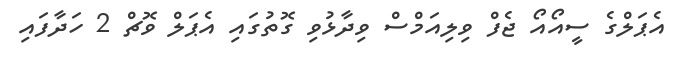
އެޕަލްގެ ސީއޯއޯ ޖެފް ވިލިއަމްސް ވިދާޅުވި ގޮތުގައި އެޕަލް ވޮޗް 2 ހަދާފައި